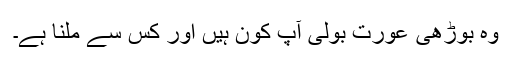
وہ بوڑھی عورت بولی آپ کون ہیں اور کس سے ملنا ہے۔